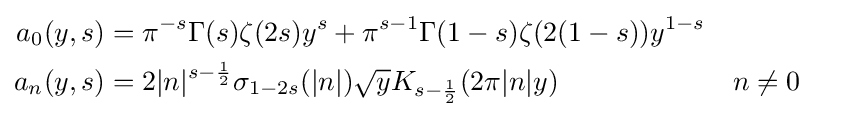
{\begin{aligned}a_{0}(y,s)&=\pi ^{-s}\Gamma (s)\zeta (2s)y^{s}+\pi ^{s-1}\Gamma (1-s)\zeta (2(1-s))y^{1-s}\\a_{n}(y,s)&=2|n|^{s-{\frac {1}{2}}}\sigma _{1-2s}(|n|){\sqrt {y}}K_{s-{\frac {1}{2}}}(2\pi |n|y)&&n\neq 0\end{aligned}}